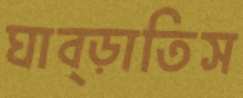
ঘাব্‌ড়াতিস